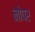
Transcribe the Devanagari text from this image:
नोपर